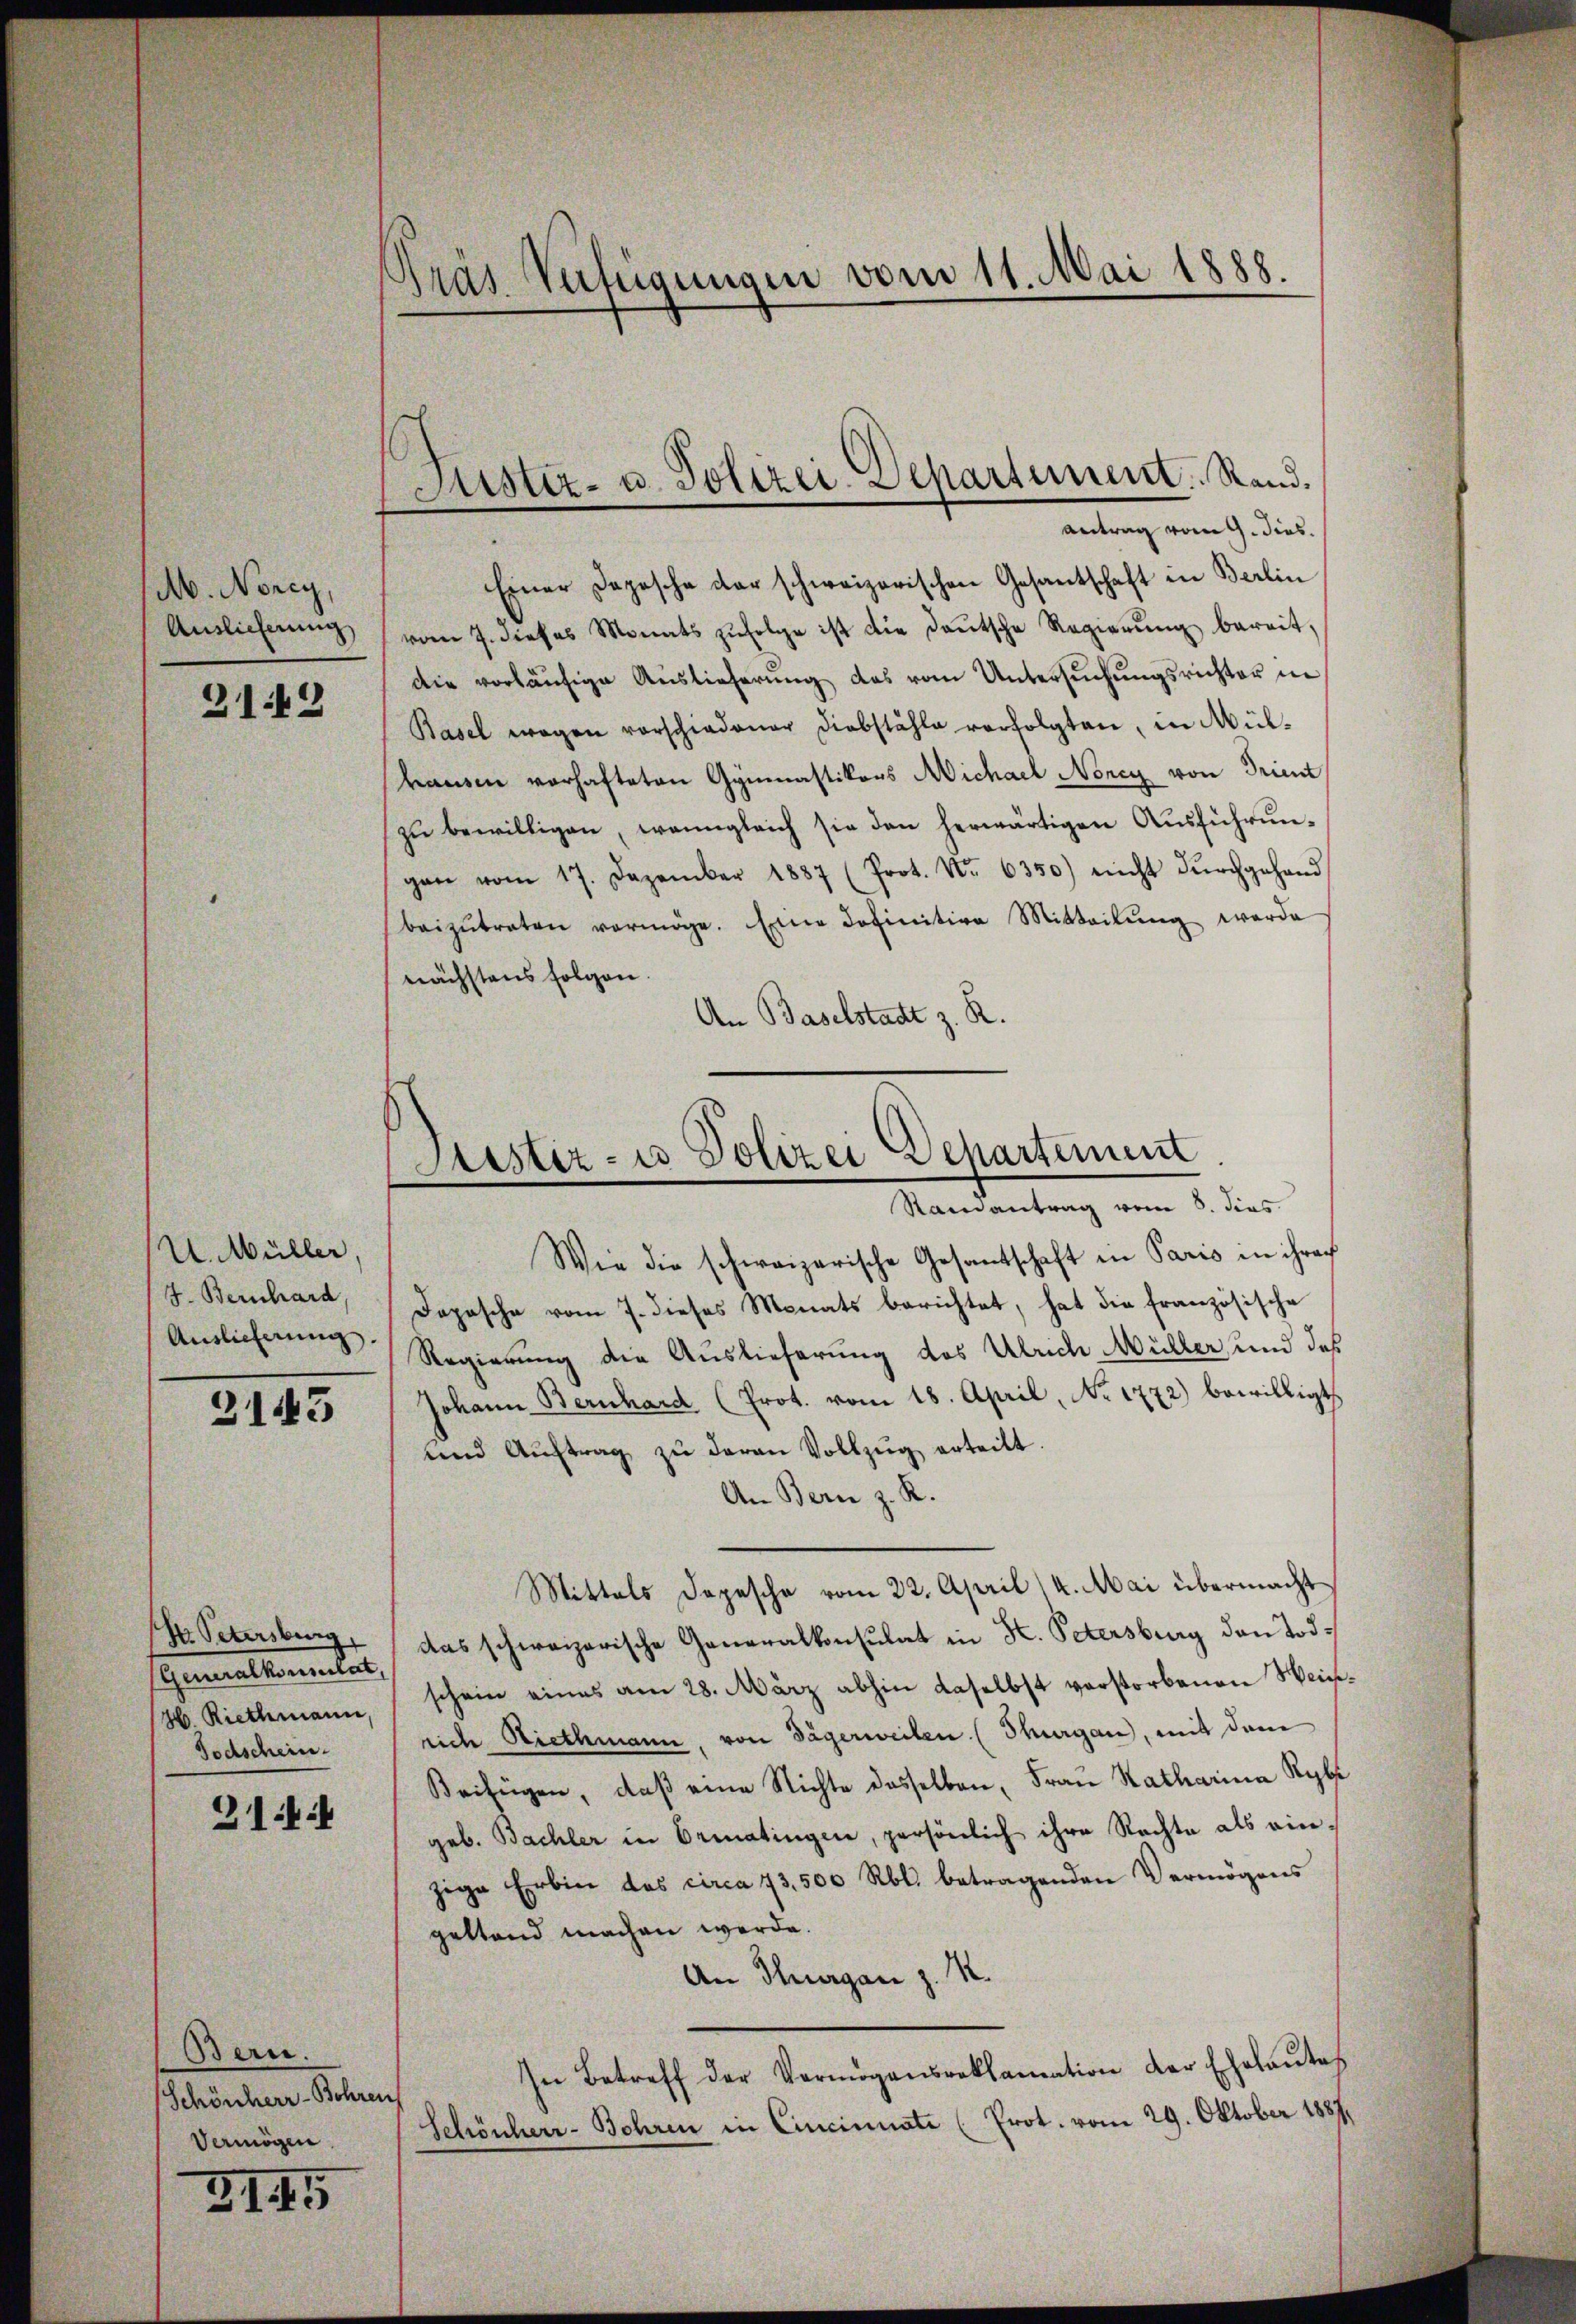
A. Norey,
Auslieferung

312

U. Müller.
7. Bernhard,
Auslieferung.

3143

H. Petersburg
Generallementes,
46. Riethmann,
Todschein.

31:

Bern.
Schönherr-Bohrer
Vermögen.

3. 145

Gras Verfügungen vom 11. Mai 1888.

Einer Depesche der schweizerischen Gesantschaft in Berlin
vom 7. dieses Monats zŭfolge ist die Daŭtsche Regierŭng bereit,
die vorläŭfige Auslieferŭng das vom Untersŭchŭngsrichter in
Basel wegen vorschiedener Diebstähle verfolgten, in Mülkamen vorhafteten Gymnastikers Michael Nancy von Trient
zŭ bewilligen, wenngleich sie den herwärtigen Aŭsführŭn-
gen vom 17. Dezember 1887 (Prot. Nr. 6350) nicht dŭrchgehand
beizŭtreten vermöge. Eine Definitive Mitteilŭng werde
nächstens folgen.
An Baselstadt z. R.

Sistiz- u. Polizei. Departement. Stand.
e
antrag vom 9. dies

Stistere Polizei Departemen
Randantrag vom 5. dies

Wie die schweizerische Gesandtschaft in Paris in ihrer
Dopesche vom 7. dieses Monats berichtet, hat die französische
Regierung die Auslieferung des Ulrich Müller, und des
Johann Bernhard (Prot. vom 18. April, No 1772) bewilligt
und Aŭftrag zŭ daran Vollzŭg erteilt.
An Bern z. R.
Mittels Depesche vom 22. April / 4. Mai übermacht
das schweizerische Generalkonsulat in K. Petersburg den Todschein eines am 28. März abhin daselbst verstorbenen Heineide Riethmann, von Dägerweiten (Thurgau, mit dem
Beifügen, daß eine Nichte dasselben, Frau Katharina Rybe
geb. Bachler in Ormatingen, persönlich ihre Nachte als einzige Erbin des circa 73. 500 Rbl. betragenden Vermögens
geltend machen werde.
An Thurgan z. M.
In Betreff der Vermögensreklamation der Eheleŭtes
Schönherr-Bohren in Cincinuate (Prot. vom 29. Oktober 1887.